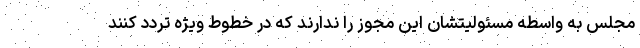
مجلس به واسطه مسئولیتشان این مجوز را ندارند که در خطوط ویژه تردد کنند